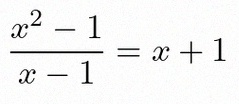
\frac{x^2-1}{x-1}=x+1